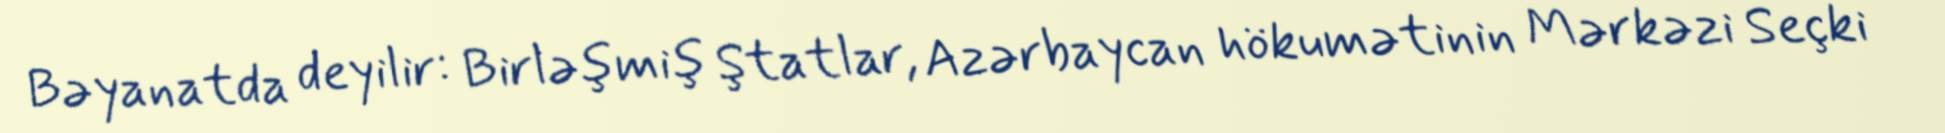
Bəyanatda deyilir: Birləşmiş Ştatlar, Azərbaycan hökumətinin Mərkəzi Seçki